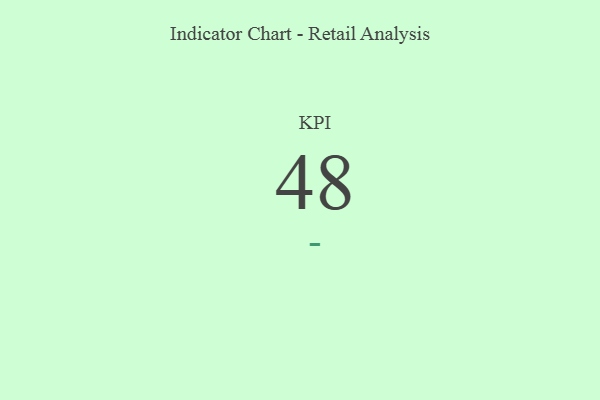
{"axis": {"x": "KPI", "y": "Value"}, "legend": [""], "data": [{"x": "KPI", "y": 48, "type": ""}]}